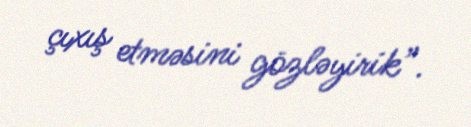
çıxış etməsini gözləyirik”.